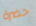
حضرة